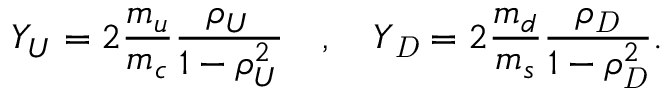
{ Y _ { U } } = 2 { \displaystyle \frac { { m _ { u } } } { { m _ { c } } } } { \displaystyle \frac { { \rho _ { U } } } { 1 - { \rho _ { U } ^ { 2 } } } } { \ \ \ } , { \ \ \ } { Y _ { \mathit { D } } } = 2 { \displaystyle \frac { { m _ { d } } } { { m _ { s } } } } { \displaystyle \frac { { \rho _ { \mathit { D } } } } { 1 - { \rho _ { \mathit { D } } ^ { 2 } } } } .